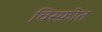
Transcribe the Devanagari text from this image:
विस्फ़ोत